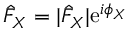
\hat { F } _ { X } = | \hat { F } _ { X } | \mathrm { e } ^ { i \phi _ { X } }